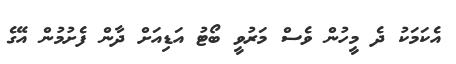
އެކަމަކު ދެ މީހުން ވެސް މަރުވީ ބޯޓު އަޑިއަށް ދާން ފެށުމުން އޭގެ